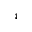
^ { 4 }